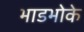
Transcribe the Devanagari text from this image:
भाडभोके